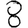
Digit: 8